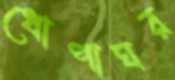
ধোপাঘর